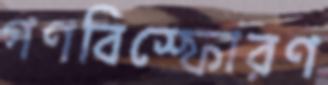
গণবিস্ফোরণ